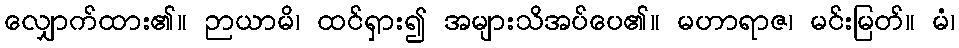
လျှောက်ထား၏။ ဉာယာမိ၊ ထင်ရှား၍ အများသိအပ်ပေ၏။ မဟာရာဇ၊ မင်းမြတ်။ မံ၊